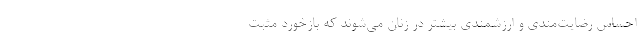
احساس رضایت‌مندی و ارزشمندی بیشتر در زنان می‌شوند که بازخورد مثبت